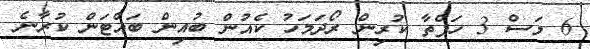
6 މަސް 3 ހަފްތާ ކުރިން ރޯދަމަހު ކެއުން ބުއިން ބައްޓަން ކުރާނެ